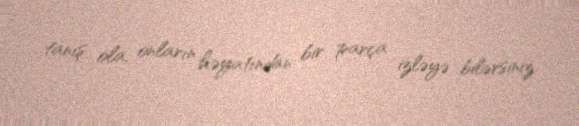
tanış ola, onların həyatından bir parça izləyə bilərsiniz.